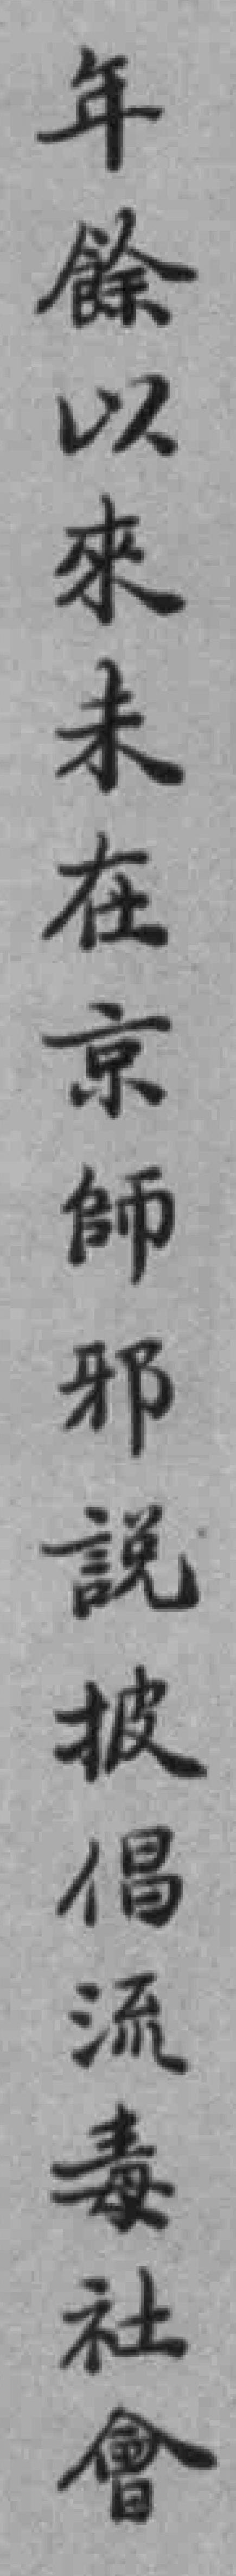
年餘以來未在京師邪說披倡流毒社會